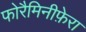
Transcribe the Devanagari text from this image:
फोरैमिनीफ़ेरा